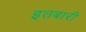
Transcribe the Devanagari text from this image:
इतबारी